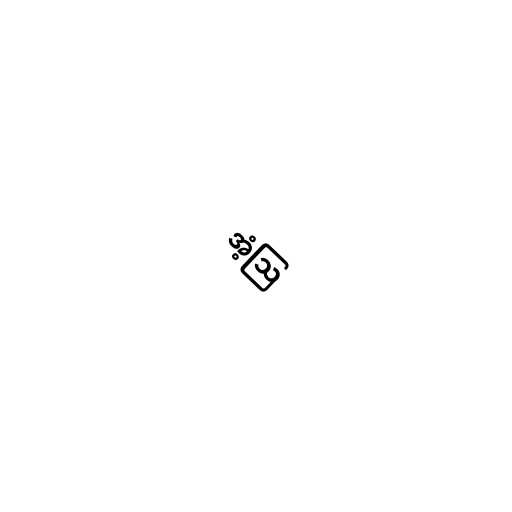
အံ့ဩ